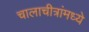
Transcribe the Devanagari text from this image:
चालाचीत्रांमध्ये